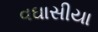
વઘાસીયા